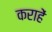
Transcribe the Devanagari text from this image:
कराहें